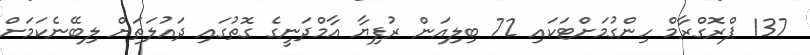
137 ޕްރޮގްރާމް ހިންގުމަށްޓަކައި 72 ބިލިއަން ރުފިޔާ އާމްދަނީގެ ގޮތުގައި ދައުލަތަށް ލިބޭނެކަމަށް